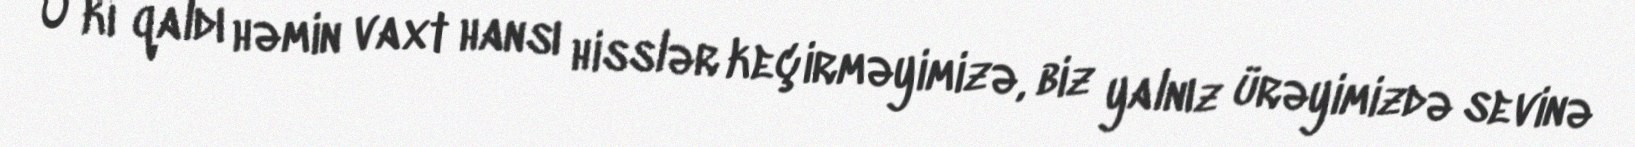
O ki qaldı həmin vaxt hansı hisslər keçirməyimizə, biz yalnız ürəyimizdə sevinə